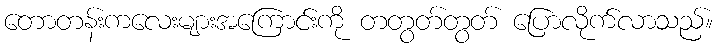
တောတန်းကလေးများအကြောင်းကို တတွတ်တွတ် ပြောလိုက်လာသည်။